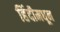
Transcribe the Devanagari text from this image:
हिंदीमधून